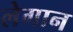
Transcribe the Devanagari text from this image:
लेगान